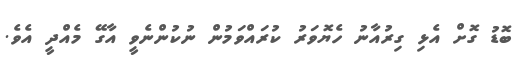
ބޮޑު ގޮށް އެޅި ގިރުއާނު ހެޔޮވަރު ކުރައްވަމުން ނުކުންނެވީ އާގޭ މެއްދީ އެވެ.